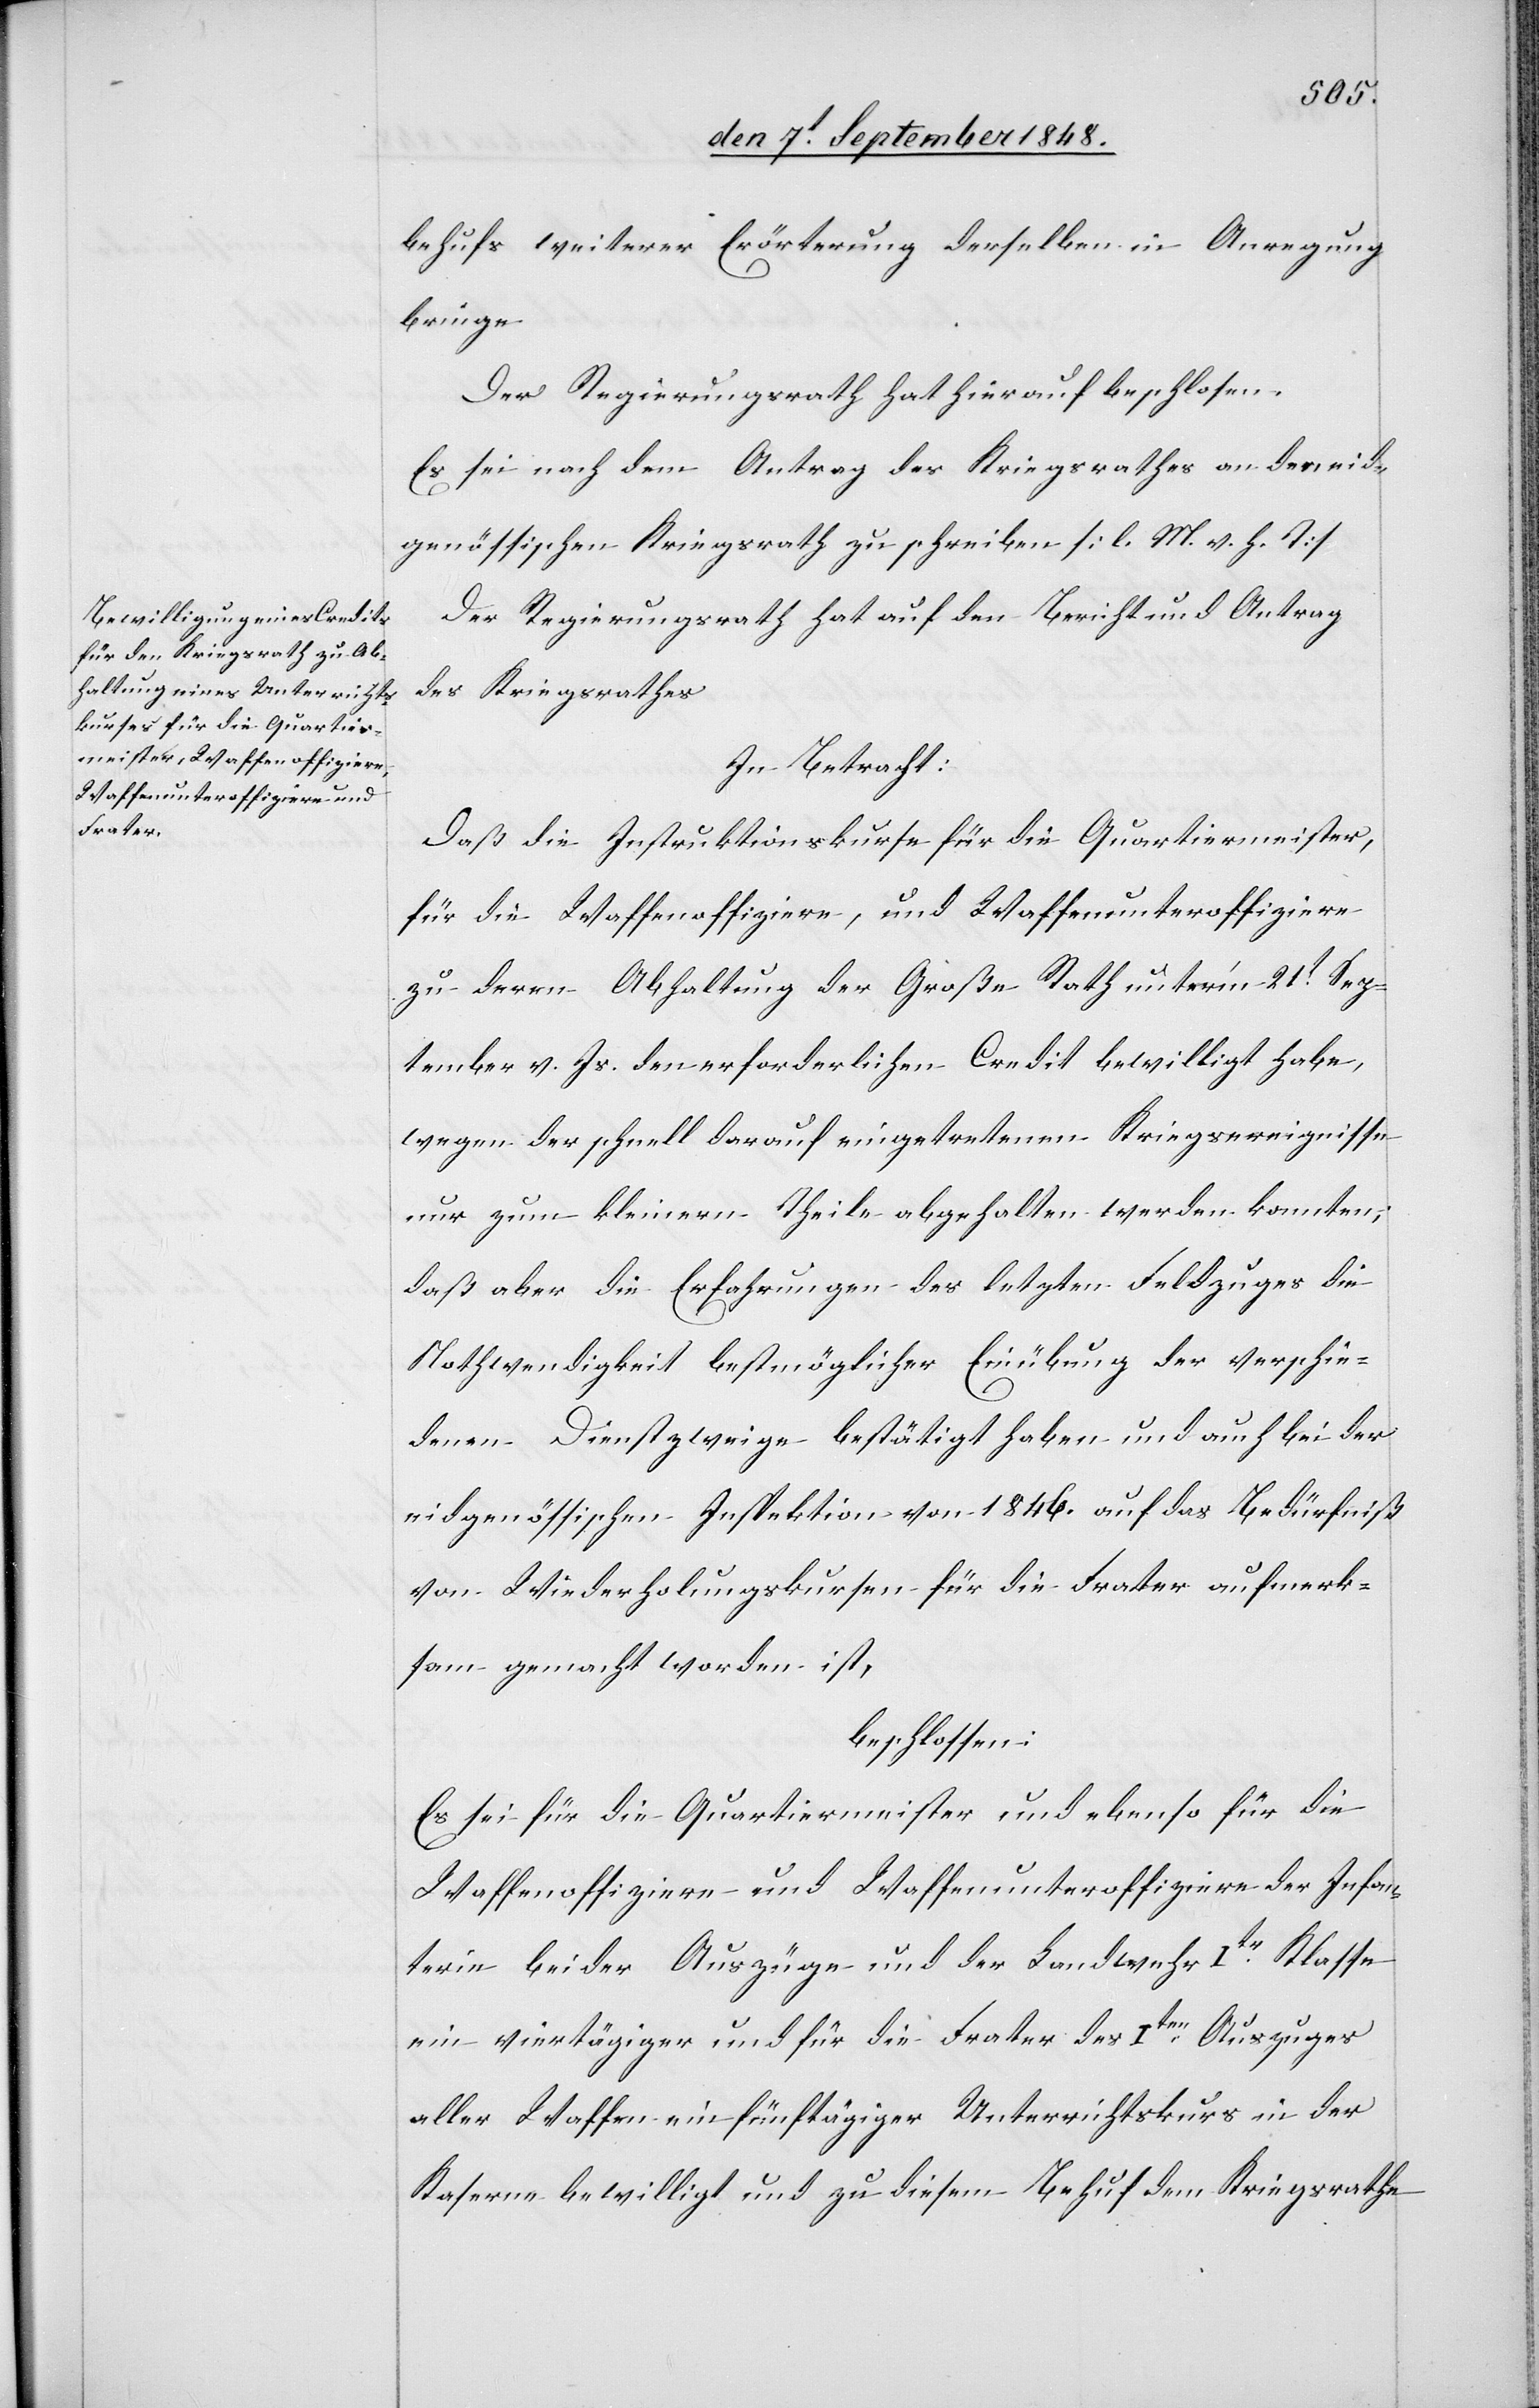
behufs weiterer Erörterung derselben in Anregung
bringe.
Der Regierungsrath hat hierauf beschlossen.
Es sei nach dem Antrag des Kriegsrathes an den eid¬
genössischen Kriegsrath zu schreiben. [l. M. v. h. T]
Der Regierungsrath hat auf den Bericht und Antrag
des Kriegsrathes
In Betracht:
Daß die Instruktionskurse für die Quartiermeister,
für die Waffenoffiziere, und Waffenunteroffiziere
zu deren Abhaltung der Große Rath unter’m 21t Sep¬
tember v. Js. den erforderlichen Credit bewilligt habe,
wegen der schnell darauf eingetretenen Kriegsereignisse
nur zum kleinern Theile abgehalten werden konnten,
daß aber die Erfahrungen des letzten Feldzuges die
Nothwendigkeit bestmöglicher Einübung der verschie¬
denen Dienstzweige bestätigt haben und auch bei der
eidgenössischen Inspektion von 1846. auf das Bedürfniß
von Wiederhohlungskursen für die Frater aufmerk¬
sam gemacht worden ist,
beschlossen:
Es sei für die Quartiermeister und ebenso für die
Waffenoffiziere und Waffenunteroffiziere der Infan¬
terie beider Auszüger und der Landwehr Iter Klasse
ein viertätiger und für die Frater des Iten Auszuges
aller Waffen ein fünftätiger Unterrichtskurs in der
Kaserne bewilligt und zu diesem Behuf dem Kriegsrathe